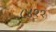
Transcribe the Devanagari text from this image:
८४११